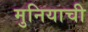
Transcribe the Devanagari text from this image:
मुनियाची